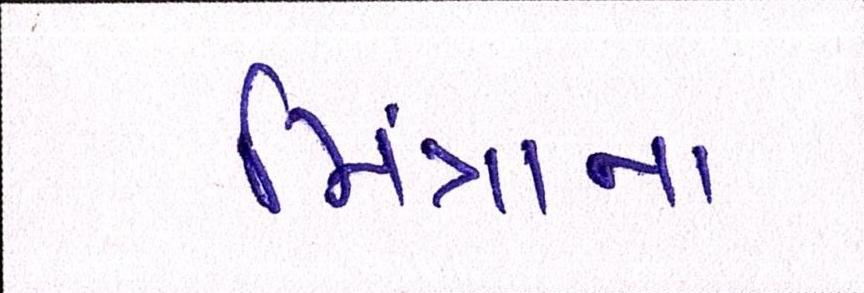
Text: મિંત્રાના